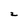
Character: 2